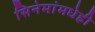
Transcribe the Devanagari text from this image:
सिनेमांमधेही